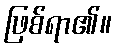
ဖြစ်ရာ၏။